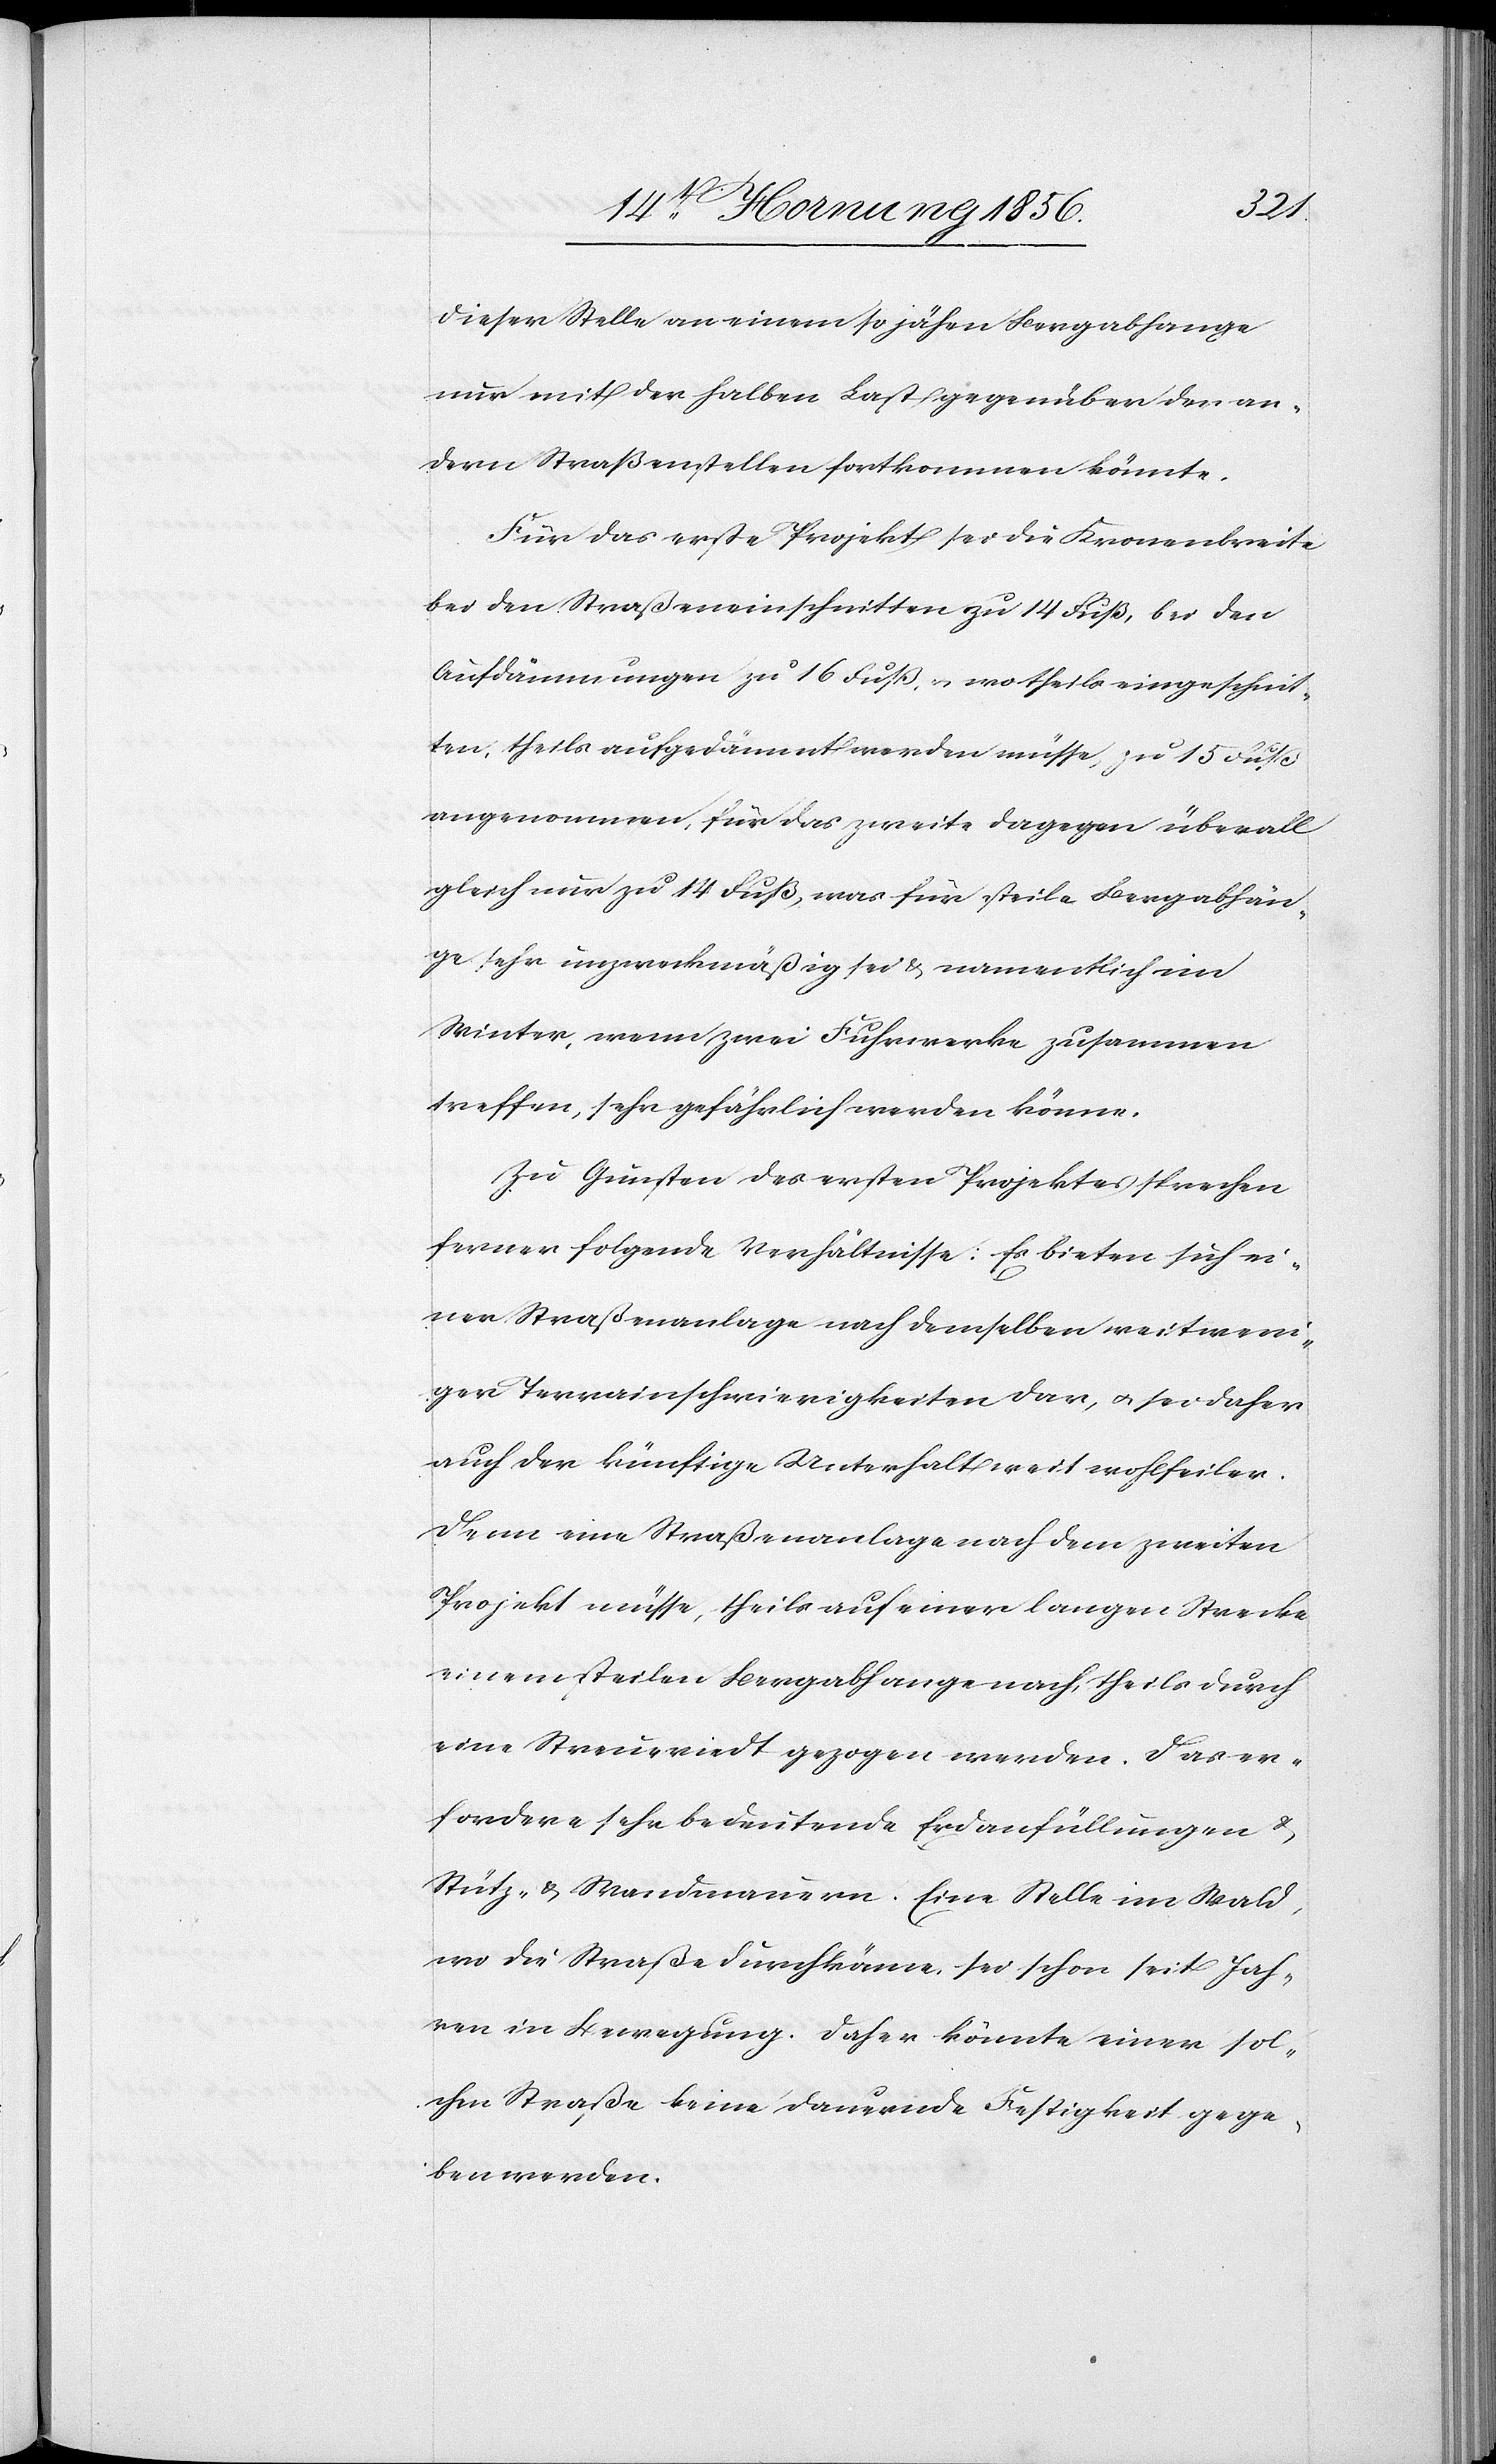
dieser Stelle an einem so jähen Bergabhange
nur mit der halben Last gegenüber den an¬
dern Straßenstellen fortkommen könnte.
Für das erste Projekt sei die Kronenbreite
bei den Straßeneinschnitten zu 14 Fuß, bei den
Aufdämmungen zu 16 Fuß, u. wo theils eingeschnit¬
ten, theils aufgedämmt werden müsse, zu 15 Fuß
angenommen, für das zweite dagegen überall
gleich nur zu 14 Fuß, was für steile Bergabhän¬
ge sehr unzweckmäßig sei & namentlich im
Winter, wenn zwei Fuhrwerke zusammen
treffen, sehr gefährlich werden könne.
Zu Gunsten des ersten Projektes sprechen
ferner folgende Verhältnisse: Es bieten sich ei¬
ner Straßenanlage nach demselben weitweni¬
ger Terrainschwierigkeiten dar, u. sei daher
auch der künftige Unterhalt weit wohlfeiler.
Denn eine Straßenanlage nach dem zweiten
Projekt müsse, theils auf einer langen Strecke
einem steilen Bergabhange nach, theils durch
eine Streueriedt gezogen werden. Das er¬
fordere sehr bedeutende Erdaufüllungen &
Stütz- & Wandmauern. Eine Stelle im Wald,
wo die Straße durchkönne, sei schon seit Jah¬
ren in Bewegung. Daher könnte einer sol¬
chen Straße keine dauernde Festigkeit gege¬
ben werden.